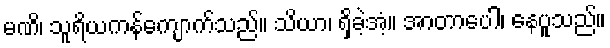
မဏိ၊ သူရိယကန်ကျောက်သည်။ သိယာ၊ ရှိခဲ့အံ့။ အာတာပေါ၊ နေပူသည်။